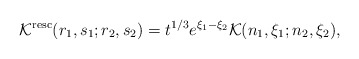
\begin{align*}\mathcal{K}^{\rm resc}(r_1,s_1;r_2,s_2)={t}^{1/3}e^{\xi_1-\xi_2}\mathcal{K}(n_1,\xi_1;n_2,\xi_2),\end{align*}